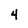
Character: 4